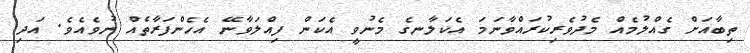
ތިބާއަށް ގެއްލުމެއް މެދުވެރިކުރައްވާނަމަ އެކަލާނގެ މެނުވީ އެކަން ފިއްލަވާނޭ އެހެންފަރާތެއް ނުވެއެވެ. އަދި